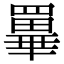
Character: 𦌂